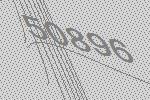
50896